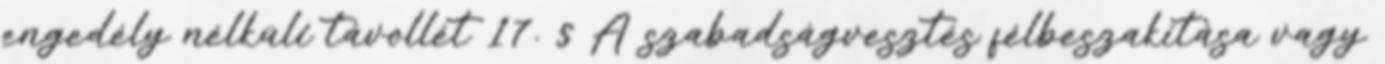
engedély nélküli távollét 17. § A szabadságvesztés félbeszakítása vagy